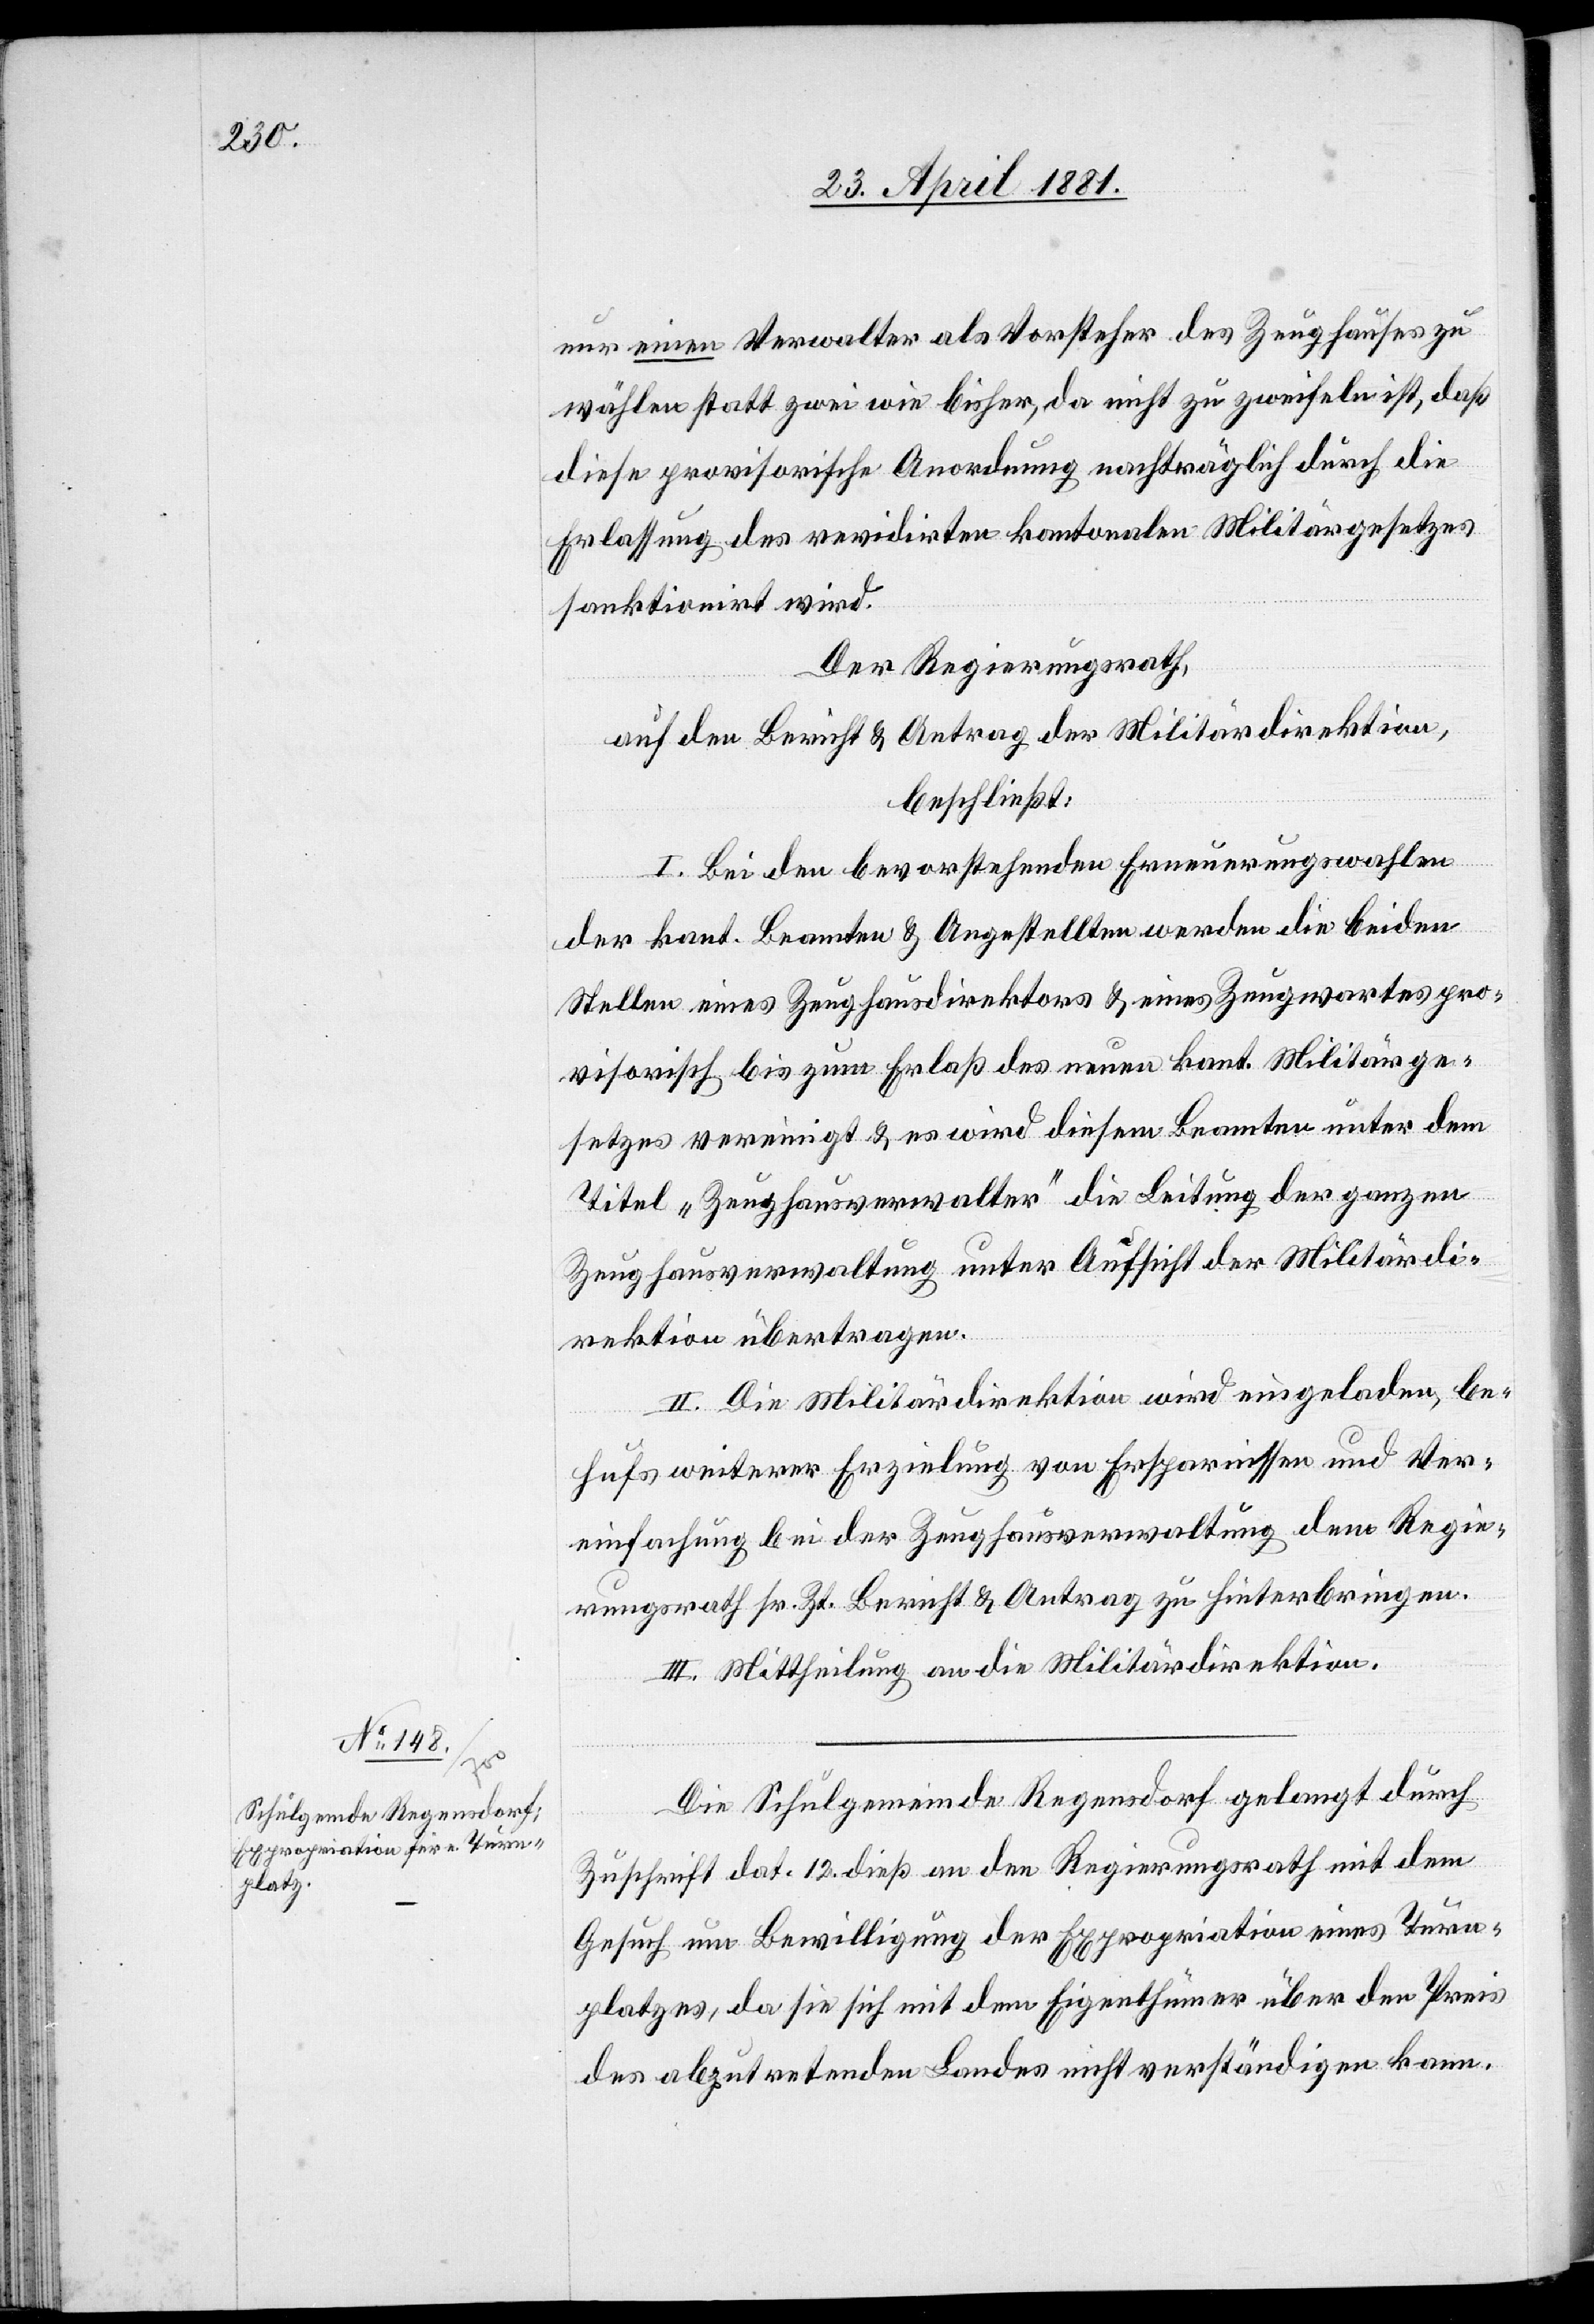
nur einen Verwalter als Vorsteher des Zeughauses zu
wählen statt zwei wie bisher, da nicht zu zweifeln ist, daß
diese provisorische Anordnung nachträglich durch die
Erlassung des revidirten kantonalen Militärgesetzes
sanktionirt wird.
Der Regierungsrath,
auf den Bericht & Antrag der Militärdirektion,
beschließt:
I. Bei den bevorstehenden Erneuerungswahlen
der kant. Beamten & Angestellten werden die beiden
Stellen eines Zeughausdirektors & eines Zeugwartes pro¬
visorisch bis zum Erlaß des neuen kant. Militärge¬
setzes vereinigt & es wird diesem Beamten unter dem
Titel „Zeughausverwalter“ die Leitung der ganzen
Zeughausverwaltung unter Aufsicht der Militärdi¬
rektion übertragen.
II. Die Militärdirektion wird eingeladen, be¬
hufs weiterer Erzielung von Ersparnissen und Ver¬
einfachung bei der Zeughausverwaltung dem Regie¬
rungsrath sr. Zt. Bericht & Antrag zu hinterbringen.
III. Mittheilung an die Militärdirektion.
Die Schulgemeinde Regensdorf gelangt durch
Zuschrift dat. 12. dieß an den Regierungsrath mit dem
Gesuch um Bewilligung der Expropriation eines Thurn¬
platzes, da sie sich mit dem Eigenthümer über den Preis
des abzutretenden Landes nicht verständigen kann.